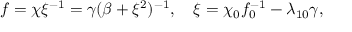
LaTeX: f = \chi \xi ^ { - 1 } = \gamma ( \beta + \xi ^ { 2 } ) ^ { - 1 } , \quad \xi = \chi _ { 0 } f _ { 0 } ^ { - 1 } - \lambda _ { 1 0 } \gamma ,